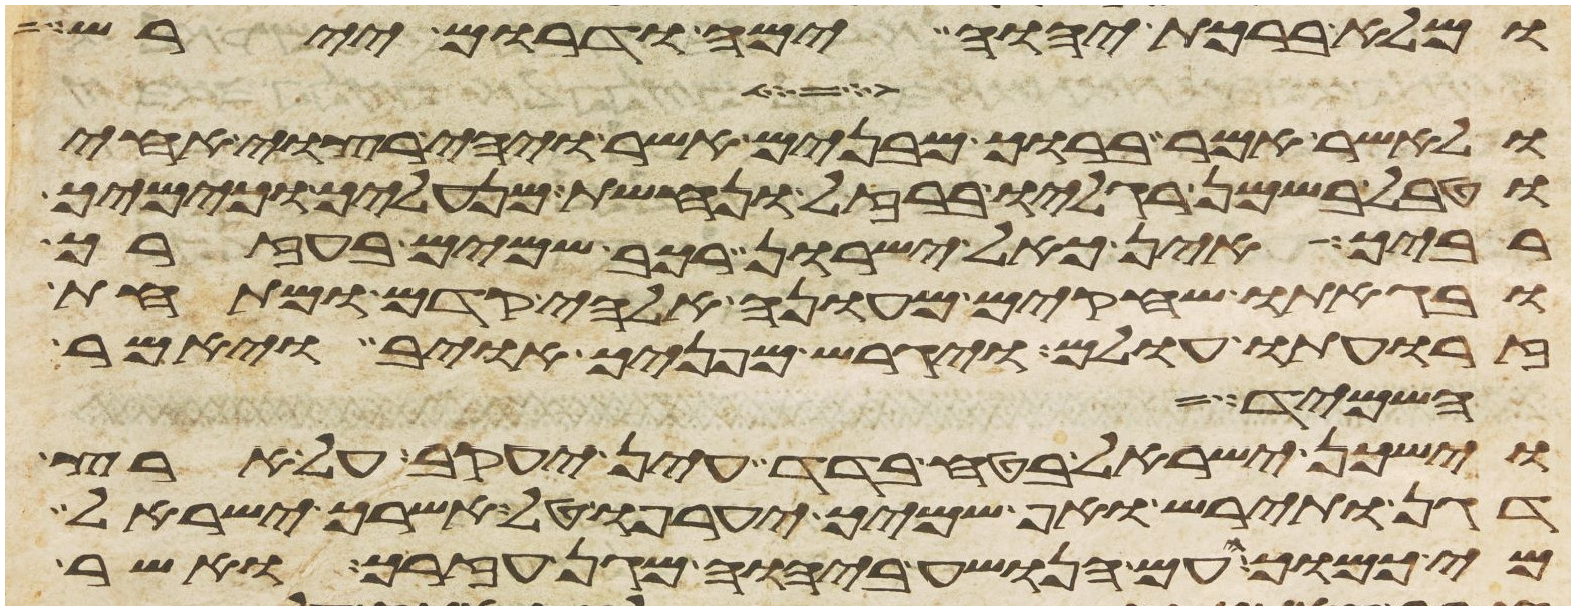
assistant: ומלא ברכת יהוה ימה ודרום יירש
ולאשר אמר ברוך מבנים אשר ויהי רצוי אחיו
וטבל בשמן רגליו ברזל ונחשת מנעליך וכימיך
רביך אין כאל ישרון רכב שמים בעזרך
ובגאתו שחקים מעונה אלהי קדם ומתחת
זרועת עולם ויגרש מפניך אויב ויאמר
השמיד
וישכן ישראל בטח בדד עין יעקב על ארץ
דגן ותירש ואף שמיך יערפו טל אשרך ישראל
מי כמוך העם הנושע ביהוה מגן עזרך ואשר